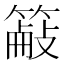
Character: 𫂜